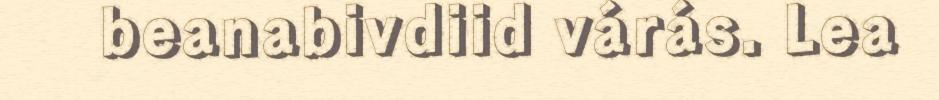
beanabivdiid várás. Lea